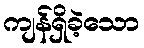
ကျန်ရှိခဲ့သော